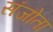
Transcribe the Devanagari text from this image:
संजोता